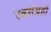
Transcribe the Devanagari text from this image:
रत्नसंग्रहों